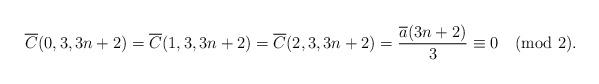
LaTeX: \begin{align*}\overline{C}(0,3,3n+2)=\overline{C}(1,3,3n+2)=\overline{C}(2,3,3n+2)=\dfrac{\overline{a}(3n+2)}{3}\equiv 0 \pmod 2.\end{align*}